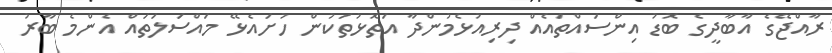
ރާއްޖޭގެ އާބާދީގެ ބޮޑު އިންސައްތައެއް ދިރިއުޅެމުންދާ އަތޮޅުތަކުން ހުށައެޅޭ މައްސަލަތައް އެންމެ ބާރު